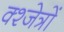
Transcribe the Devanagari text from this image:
क्श्जेत्रों